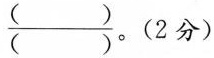
\frac{()}{()}。(2分)